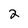
Character: 2